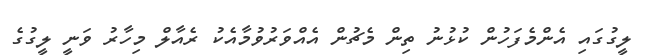
ލީގުގައި އެންމެފަހުން ކުޅުނު ތިން މެޗުން އެއްވަރުވުމާއެކު ރެއާލް މިހާރު ވަނީ ލީގުގެ